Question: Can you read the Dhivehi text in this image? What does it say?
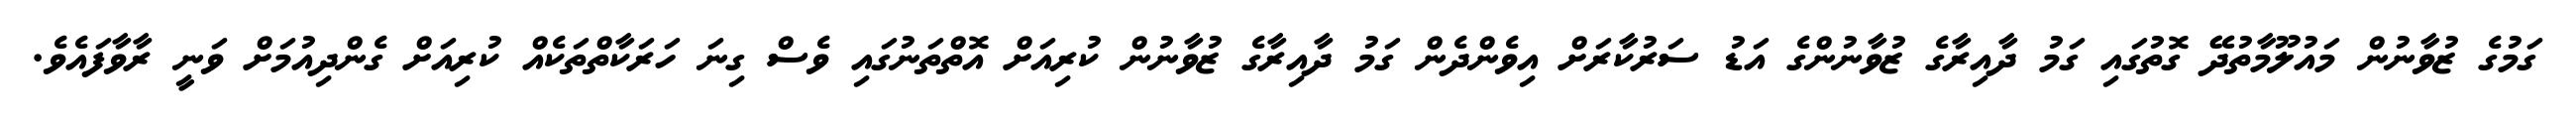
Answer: ގަމުގެ ޒުވާނުން މައުލޫމާތުދޭ ގޮތުގައި ގަމު ދާއިރާގެ ޒުވާނުންގެ އަޑު ސަރުކާރަށް އިވެންދެން ގަމު ދާއިރާގެ ޒުވާނުން ކުރިއަށް އޮތްތަނުގައި ވެސް ގިނަ ހަރަކާތްތަކެއް ކުރިއަށް ގެންދިއުމަށް ވަނީ ރާވާފައެވެ.